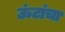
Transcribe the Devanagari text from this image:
ऊंटांचा